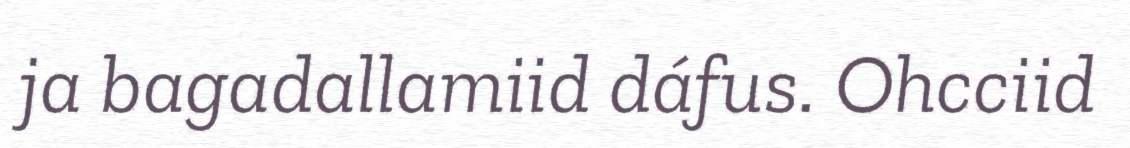
ja bagadallamiid dáfus. Ohcciid